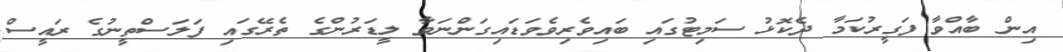
އިން ބާއްވާ ފަގީރުކަމާ ދެކޮޅު ސަމިޓުގައި ބައިވެރިވެވަޑައިގަންނަވާ ލީޑަރުންގެ ތެރޭގައި ފަލަސްތީނުގެ ރައީސް